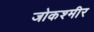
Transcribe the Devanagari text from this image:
जोकश्मीर